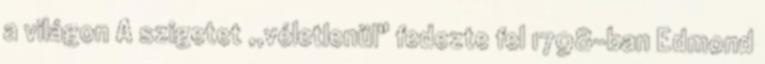
a világon A szigetet ,,véletlenül" fedezte fel 1798-ban Edmond